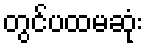
တွင်ပထမဆုံး